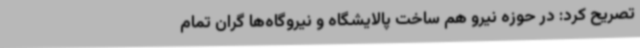
تصریح کرد: در حوزه نیرو هم ساخت پالایشگاه و نیروگاه‌ها گران تمام